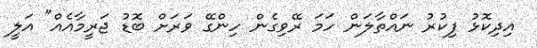
އިދިކޮޅު ފިކުރު ނައްތާލަން ހަމަ ރޭވިގެން ހިންގޭ ވަރަށް ބޮޑު ޖަރީމާއެއް" އަލީ